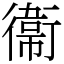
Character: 衞